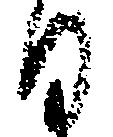
日